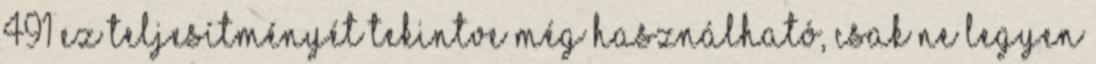
491 Ez teljesítményét tekintve még használható, csak ne legyen